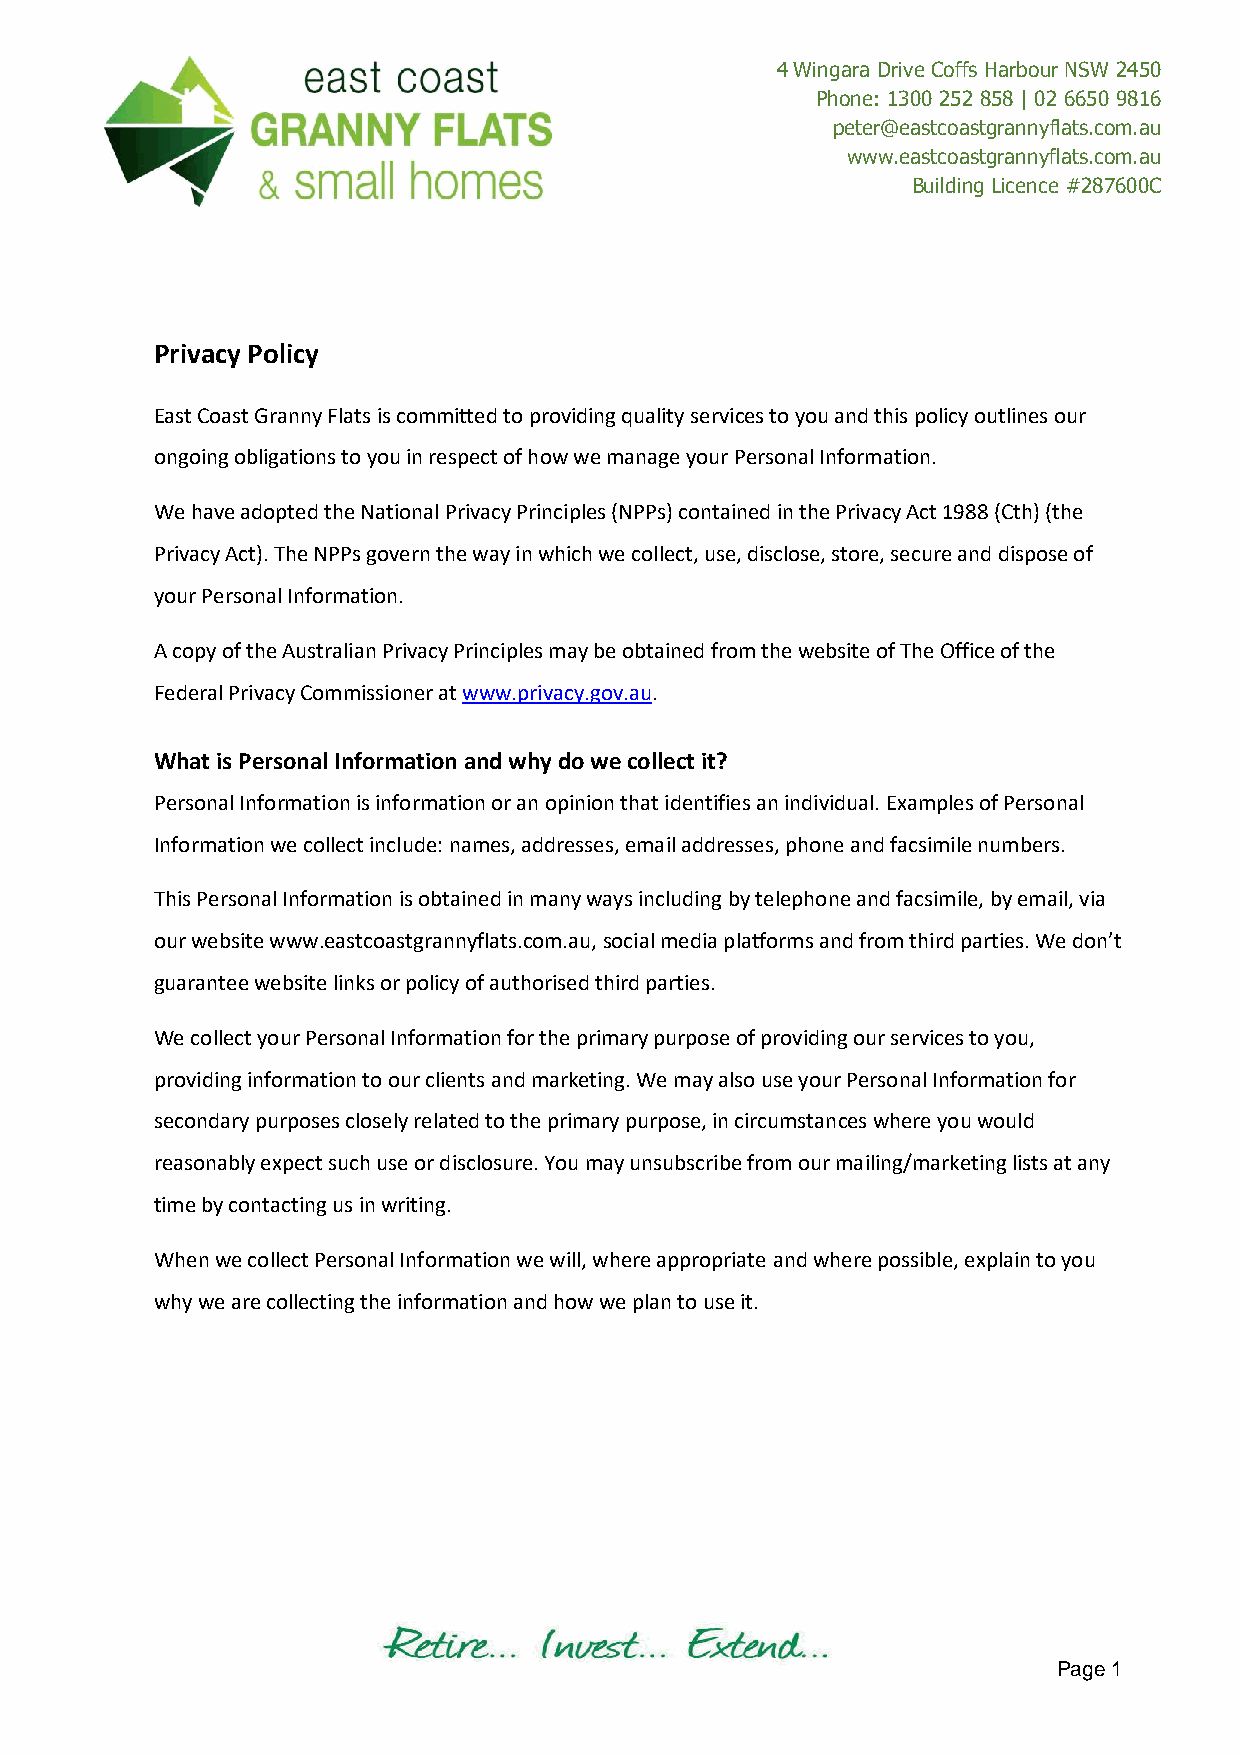
4 Wingara Drive Coffs Harbour NSW 2450
 Phone: 1300 252 858 | 02 6650 9 816
 peter@eastcoastgrannyflats.com.au
 www.eastcoastgrannyflats.com.au
 Building Licence #287600C
 Privacy Policy
 East Coast Granny Flats is committed to providing quality services to you and this policy outlines our
 ongoing obligations to you in respect of how we manage your Personal Information.
 We have adopted the National Privacy Principles (NPPs) contained in the Privacy Act 1988 (Cth) (the
 Privacy Act). The NPPs govern the way in which we collect, use, disclose, store, secure and dispose of
 your Personal Information.
 A copy of the Australian Privacy Principles may be obtained from the website of The Office of the
 Federal Privacy Commissioner at www.privacy.gov.au.
 What is Personal Information and why do we collect it?
 Personal Information is information or an opinion that identifies an individual. Examples of Personal
 Information we collect include: names, addresses, email addresses, phone and facsimile numbers.
 This Personal Information is obtained in many ways including by telephone and facsimile, by email, via
 our website www.eastcoastgrannyflats.com.au, social media platforms and from third parties. We don’t
 guarantee website links or policy of authorised third parties.
 We collect your Personal Information for the primary purpose of providing our services to you,
 providing information to our clients and marketing. We may also use your Personal Information for
 secondary purposes closely related to the primary purpose, in circumstances where you would
 reasonably expect such use or disclosure. You may unsubscribe from our mailing/marketing lists at any
 time by contacting us in writing.
 When we collect Personal Information we will, where appropriate and where possible, explain to you
 why we are collecting the information and how we plan to use it.
 Page 1